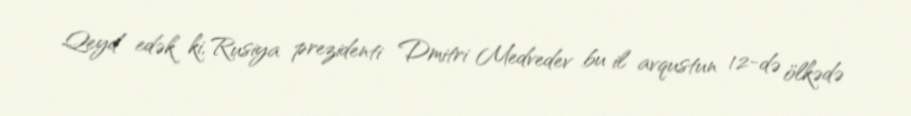
Qeyd edək ki, Rusiya prezidenti Dmitri Medvedev bu il avqustun 12-də ölkədə